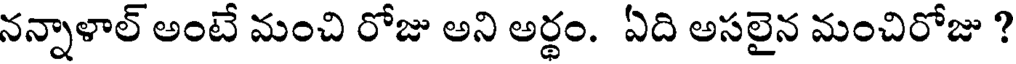
నన్నాళాల్ అంటే మంచి రోజు అని అర్థం. ఏది అసలైన మంచిరోజు ?